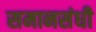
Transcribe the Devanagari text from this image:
समानसंधी